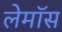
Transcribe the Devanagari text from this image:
लेमॉस